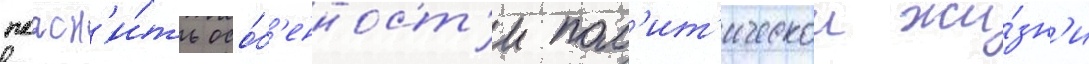
поасн'и́ть осо́б'енност'и пол'ит'ическои жи́зн'и